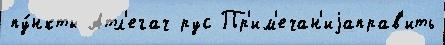
пу́нкты Атл'егач рус Пр'им'ечан'иjаправ'ить